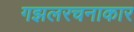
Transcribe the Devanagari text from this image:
गझलरचनाकार